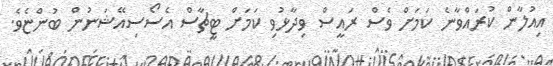
އިއުލާން ކުރައްވާނެ ކަމަށް ވެސް ރައީސް ވިދާޅުވި ކަމަށް ޓީޗާސް އެސޯސިއޭޝަނުން ބުންޏެވެ.